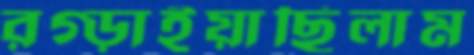
রগ্‌ড়াইয়াছিলাম